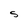
Character: S